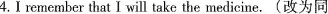
4.I remember that I will take the medicine.(改为同